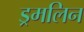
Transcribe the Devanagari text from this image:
ड्रमलिन